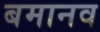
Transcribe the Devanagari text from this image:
बमानव